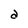
Character: a